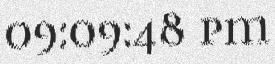
09:09:48 pm